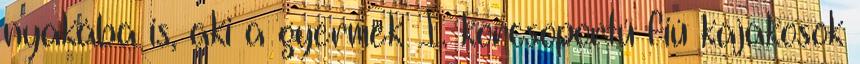
nyakába is, aki a gyermek I. korcsoportú fiú kajakosok